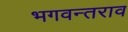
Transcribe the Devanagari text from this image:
भगवन्तराव